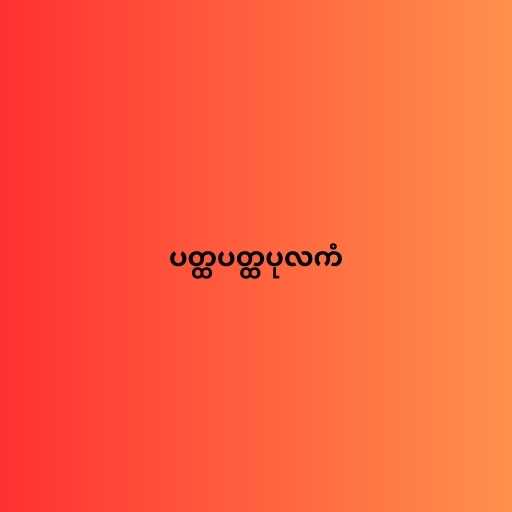
ပတ္ထပတ္ထပုလကံ